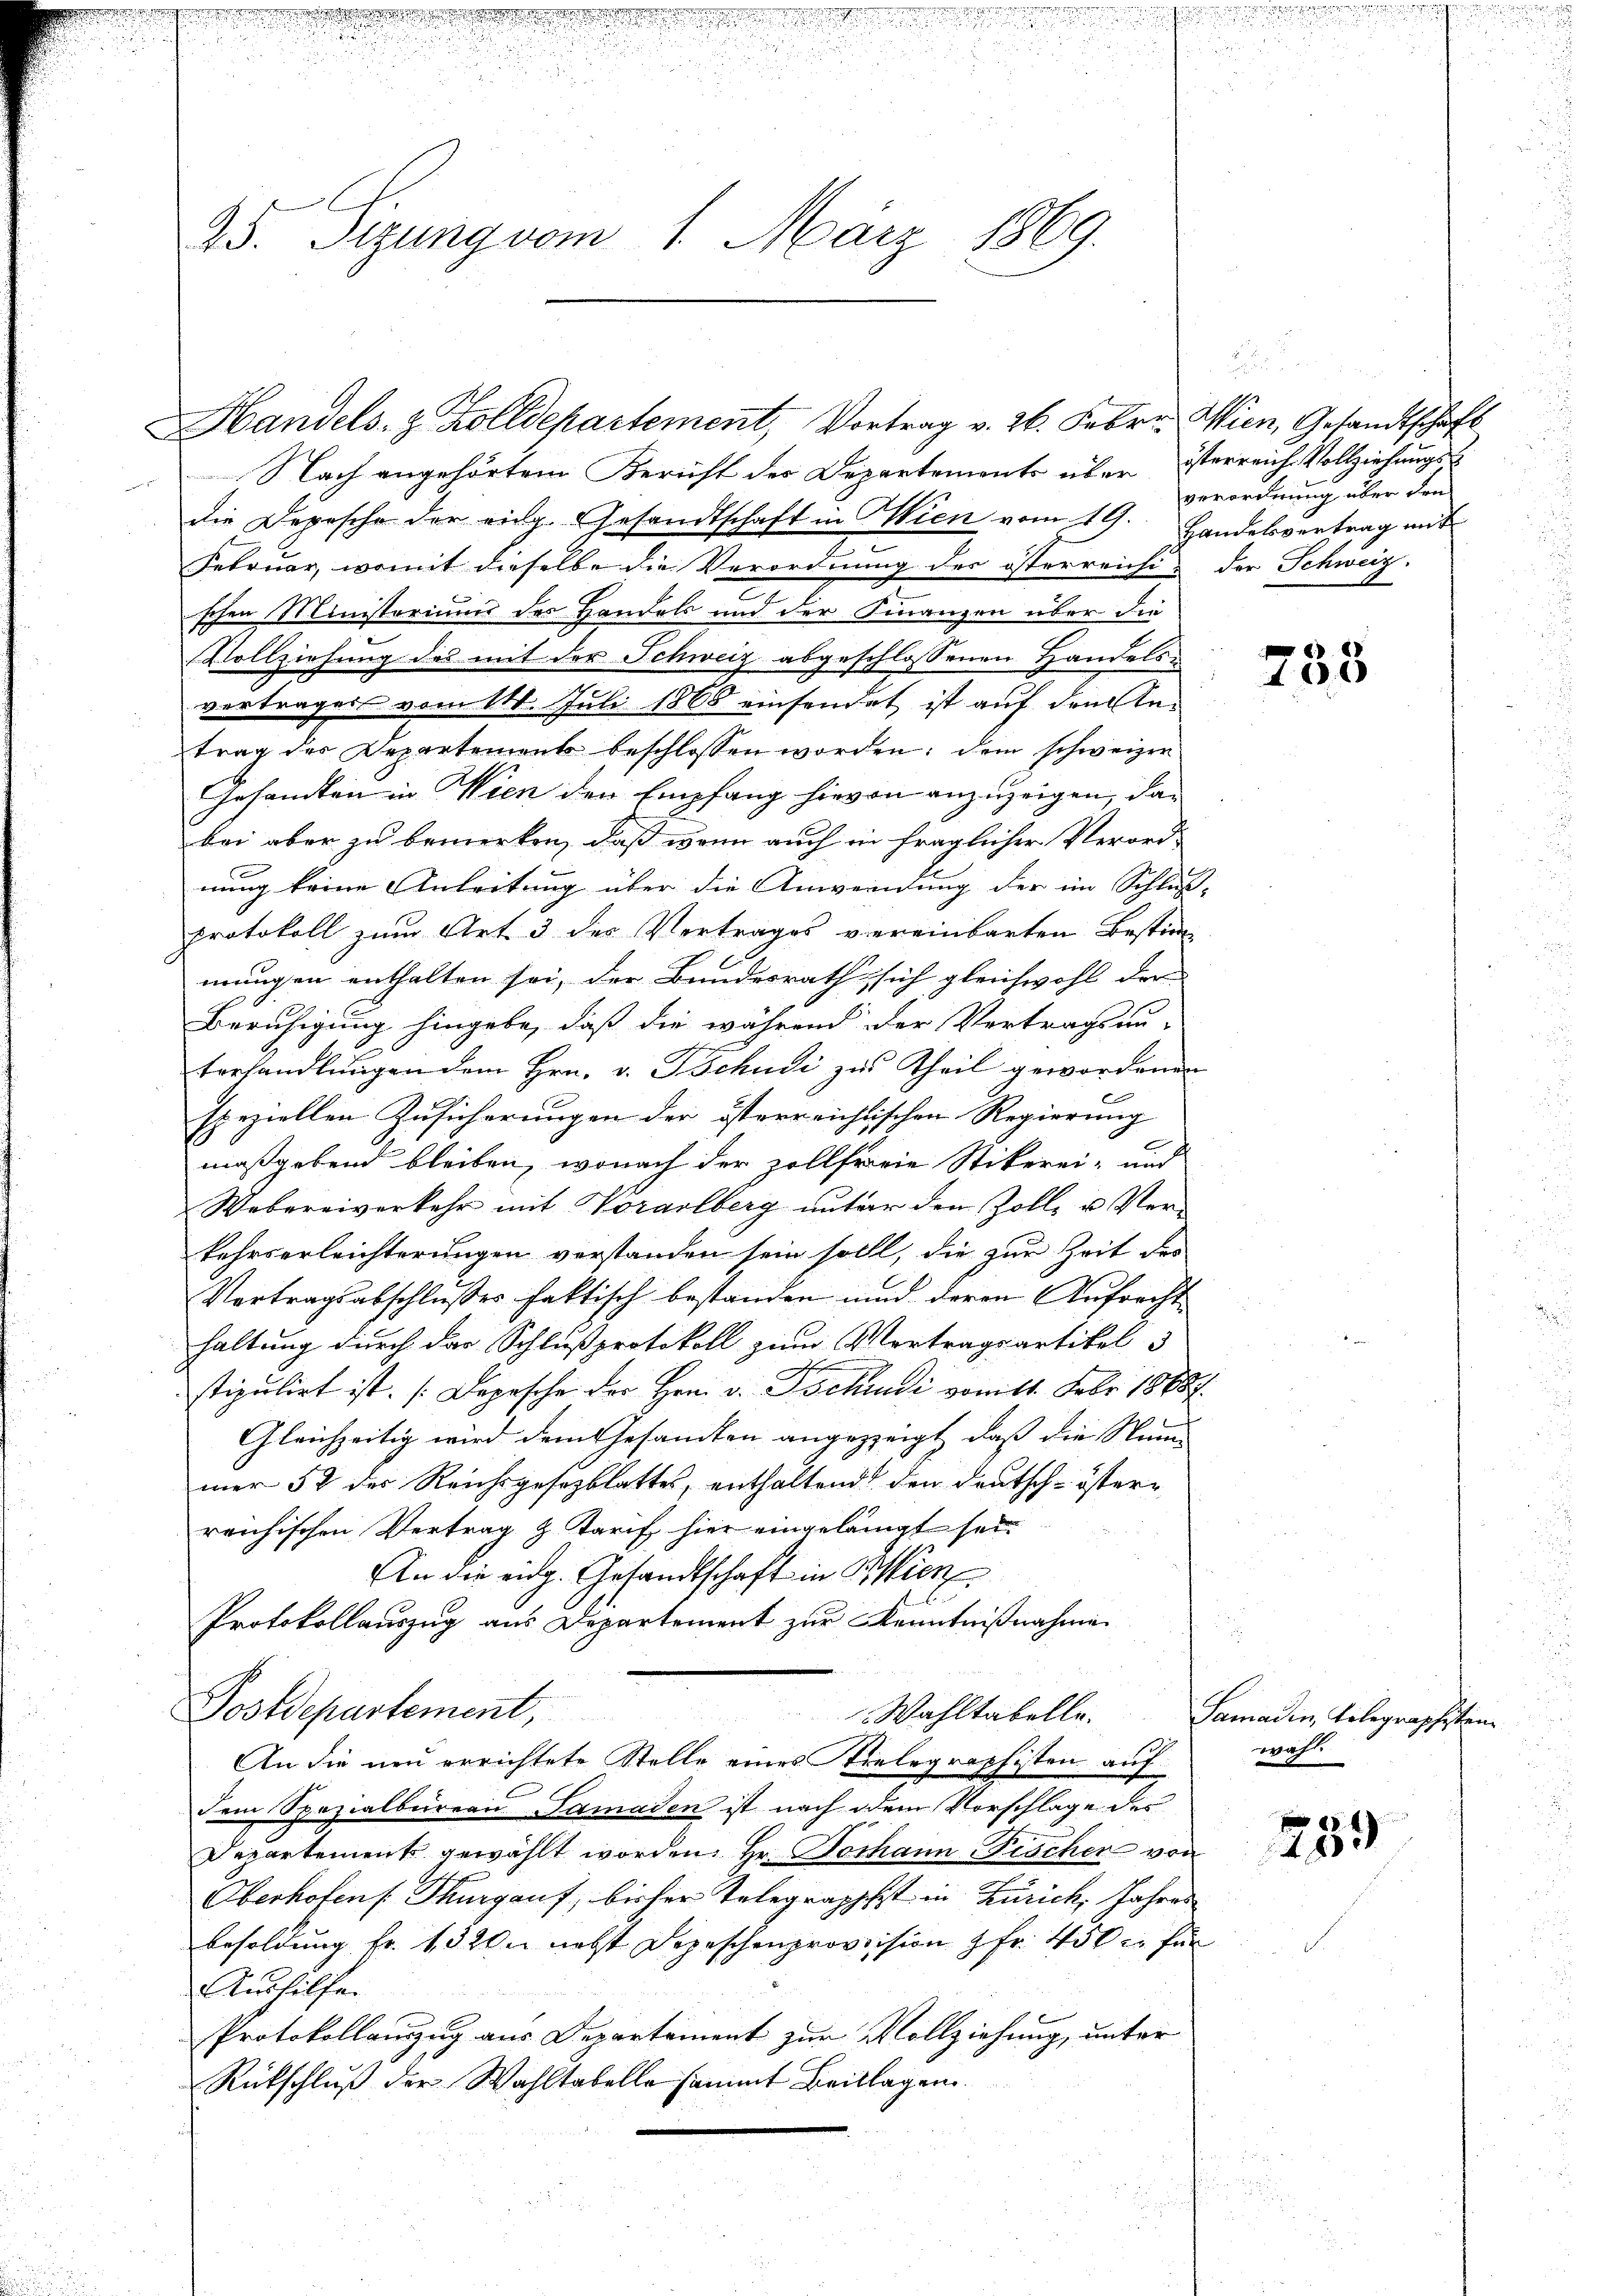
d

151911.

e

A. Sizung vom 1. März 1869.

Nach angehörtem Bericht der Departemonts über isterreich Vollziehungs-
die Depesche der eidg. Gesandtschaft in Wien vom 19. Handelsvertrag mit
Februar, womit dieselbe die Verordnung des österreichi- der Schweiz.
schen Ministeriums des Handels und der Finanzen über die
Vollziehung des mit der Schweiz abgeschlossenen Handels-
verträgers vom 11. Juli 1865 einsendet ist auf dreitetrag des Departement beschlossen worden; dem schweizer
Gesandten in Wien den Empfang hievon anzuzeigen, das
bei aber zu bemerken, daß wenn auch in fraglicher Verord-
nung keine Anleitung über die Anwendung der im Schluß-
protokoll zum Art 3 der Vertrages vereinbarten Bestim-
mungen enthalten sei, der Bundesrath sich gleichwohl der
Beruhigung hingebe, daß die während der Vertragsau-
terhandlŭngen dem Hrn. v. Tschudi zu Theil gewordenen
speziellen Zusicherungen der österreichtischen Regierung
maßgebend bleiben, wonach der Zollfreie Stikerei- und
Webereiverkehr mit Vorarlberg unter den Zoll- u. Ver-
kehrserleichterungen verstanden sein sollt, die zur Zeit des
Vertragsabschlusser faktisch bestanden und deren Aufrecht
haltung durch der Schlußprotokoll zum Vortragsartikel 3
stipulirt ist. Depesche der Hrn. v. Tschudi vom 11. Febr. 1888.
Gleichzeitig wird dem Gesandten angezeigt, daß die Namen
mer 52 des Reichsgesezblattes, enthaltend den deutsch-östere
reichischen Vertrag & Tarif hier eingelangt sei.
An die eidg. Gesandtschaft in Wien
Protokollauszug aus Departement zur Kenntnißnahme
Postdepartement,
Wahltabelle.
An die neu errichtete Stelle eines relegraphisten auf
dem Spezialbüreau-Samaden ist nach dem Vorschlage des
Departements gewählt worden. Hr. Johann Fischen von
Oberhofens. Thurgauf, bisher Telegraphst in Zürich, Jahres
Besoldung fr. 132 nebst Depeschenprovision fr. 450 in für
Aushilfe.
Protokollauszug aus Departement zur Vollziehung, unter
Rückschluß der Wahltabelle sammt Beilagen.

Handels- & Zolldepartement, Vortrag v. 26. Febr. Wien, Gesandtschaft

n

verordnung über den

105

Samadin, Telegraphisten
wahl.

259